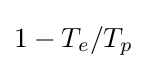
1-T_{e}/T_{p}